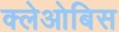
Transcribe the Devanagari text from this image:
क्लेओबिस